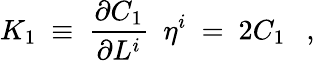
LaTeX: K_{1}\ \equiv\ \frac{\partial C_{1}}{\partial L^{i}}\ \ \eta^{i}\ =\ 2C_{1}\ \ \ ,